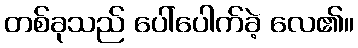
တစ်ခုသည် ပေါ်ပေါက်ခဲ့ လေ၏။